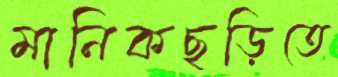
মানিকছড়িতে